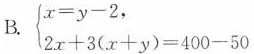
B. $$\begin{cases}